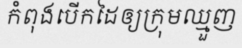
កំពុងបើកដៃឲ្យក្រុមឈ្មួញ